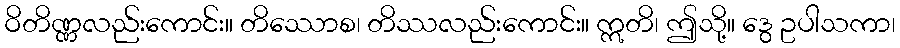
ဝိတိဏ္ဏလည်းကောင်း။ တိဿောစ၊ တိဿလည်းကောင်း။ ဣတိ၊ ဤသို့။ ဒွေ ဥပါသကာ၊